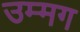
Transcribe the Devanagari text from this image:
उम्मग